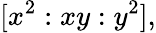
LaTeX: [x^{2}:xy:y^{2}],